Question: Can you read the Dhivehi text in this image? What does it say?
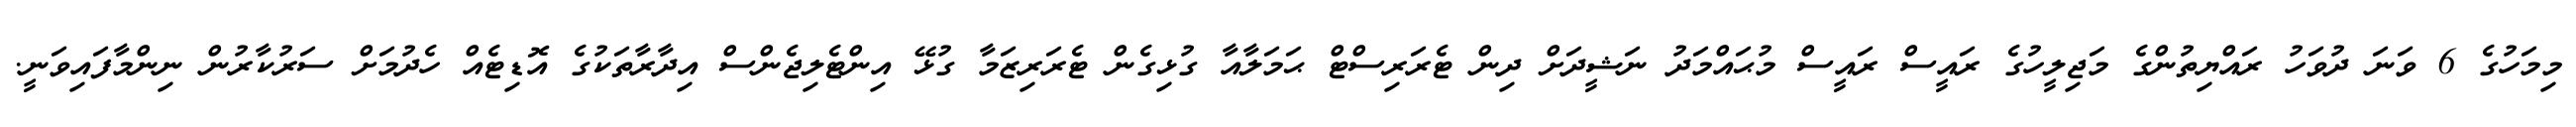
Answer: މިމަހުގެ 6 ވަނަ ދުވަހު ރައްޔިތުންގެ މަޖިލީހުގެ ރައީސް ރައީސް މުޙައްމަދު ނަޝީދަށް ދިން ޓެރަރިސްޓް ޙަމަލާއާ ގުޅިގެން ޓެރަރިޒަމާ ގުޅޭ އިންޓެލިޖެންސް އިދާރާތަކުގެ އޮޑިޓެއް ހެދުމަށް ސަރުކާރުން ނިންމާފައިވަނީ.